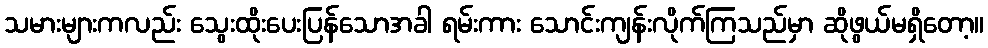
သမားများကလည်း သွေးထိုးပေးပြန်သောအခါ ရမ်းကား သောင်းကျန်းလိုက်ကြသည်မှာ ဆိုဖွယ်မရှိတော့။